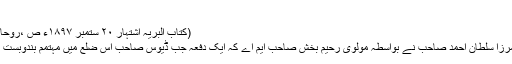
''
(کتاب البریہ اشتہار ٢٠ ستمبر ١٨٩٧ء ص ،روحانی خزائن جلد 13 ص4 ازمرزا قادیانی )
-02 مامے دا راج: '' بیان کیا مجھ سے مرزا سلطان احمد صاحب نے بواسطہ مولوی رحیم بخش صاحب ایم اے کہ ایک دفعہ جب ڈیوس صاحب اس ضلع میں مہتمم بندوبست تھا اور ان کا عملہ بٹالہ میں کام کرتا تھا۔